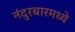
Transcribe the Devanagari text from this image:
नंदुरबारमध्ये